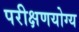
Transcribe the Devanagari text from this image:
परीक्षणयोग्य